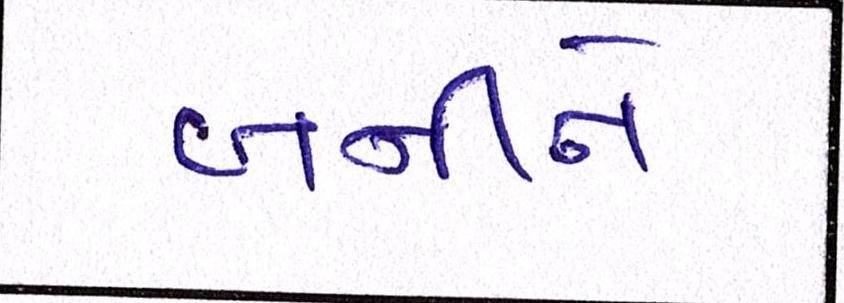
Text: બનીને